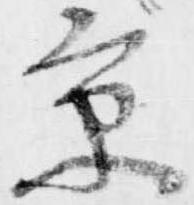
京